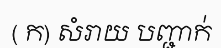
( ក) សំរាយ បញ្ជាក់